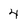
Character: 4